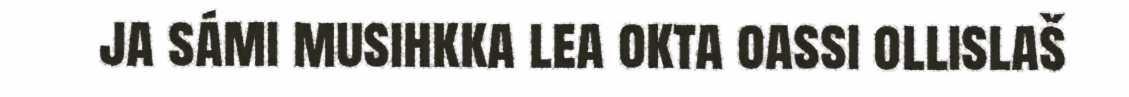
ja sámi musihkka lea okta oassi ollislaš